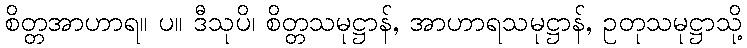
စိတ္တအာဟာရ။ ပ။ ဒီသုပိ၊ စိတ္တသမုဋ္ဌာန်, အာဟာရသမုဋ္ဌာန်, ဥတုသမုဋ္ဌာသို့